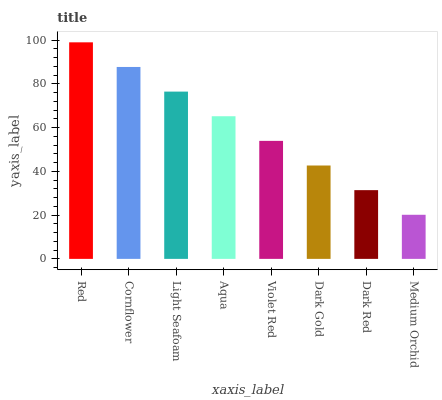
| xaxis_label | bars |
 | --- | --- |
 | Red | 99 |
 | Cornflower | 87.7 |
 | Light Seafoam | 76.5 |
 | Aqua | 65.2 |
 | Violet Red | 54 |
 | Dark Gold | 42.7 |
 | Dark Red | 31.4 |
 | Medium Orchid | 20.2 |